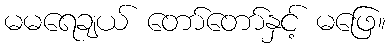
မမရေချယ် တော်တော်နှင့် မဖြေ။